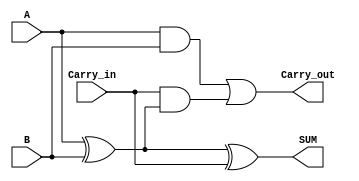
module FullAdder(input A, input B, input Carry_in, output SUM, output Carry_out);
    assign SUM = A ^ B ^ Carry_in;
    assign Carry_out = (A & B) | (Carry_in & (A ^ B));
endmodule